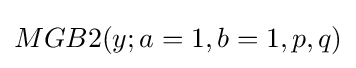
MGB2(y;a=1,b=1,p,q)